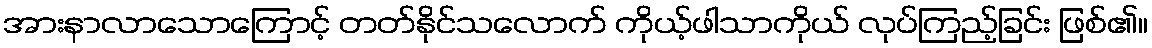
အားနာလာသောကြောင့် တတ်နိုင်သလောက် ကိုယ့်ဖါသာကိုယ် လုပ်ကြည့်ခြင်း ဖြစ်၏။